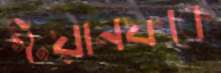
স্টয়ানফকে